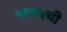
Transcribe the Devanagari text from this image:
१९१५ची